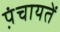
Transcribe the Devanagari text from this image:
प़ंचायतें